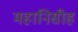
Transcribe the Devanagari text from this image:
महानिसीह